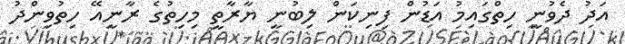
އަދު ދެވުނީ ހިތްގައިމު އަޑުން ފިނިކަން ލިބުނީ ޔާރާތީ މިހިތުގެ ރާނީއޭ ހިތުވިންދު